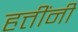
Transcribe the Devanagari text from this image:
हत्तींनी